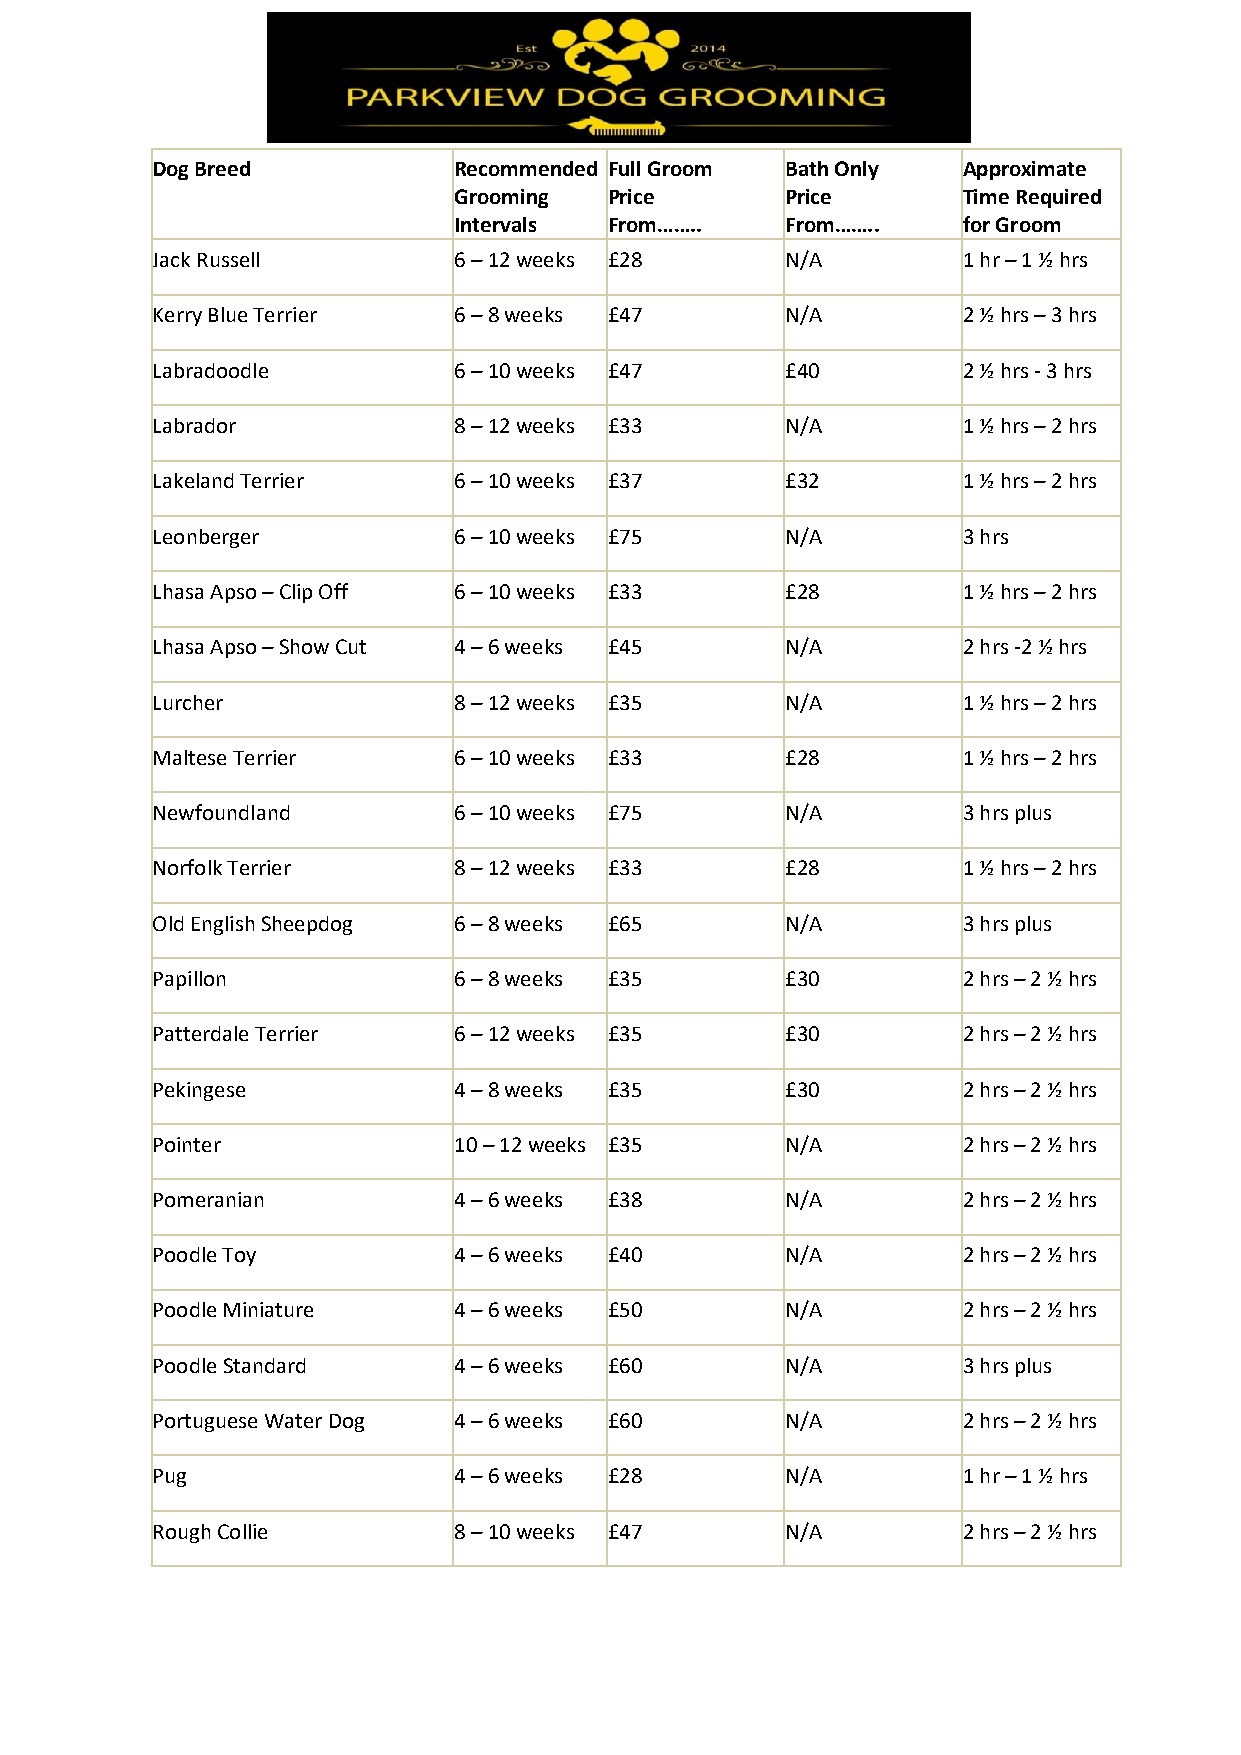
Dog Breed           Recommended Full Groom Bath Only  Approximate
 Grooming  Price       Price       Time Required
 Intervals From……..    From……..    for Groom
 Jack Russell        6 – 12 weeks £28      N/A         1 hr – 1 ½ hrs
 Kerry Blue Terrier  6 – 8 weeks £47       N/A         2 ½ hrs – 3 hrs
 Labradoodle         6 – 10 weeks £47      £40         2 ½ hrs - 3 hrs
 Labrador            8 – 12 weeks £33      N/A         1 ½ hrs – 2 hrs
 Lakeland Terrier    6 – 10 weeks £37      £32         1 ½ hrs – 2 hrs
 Leonberger          6 – 10 weeks £75      N/A         3 hrs
 Lhasa Apso – Clip Off 6 – 10 weeks £33    £28         1 ½ hrs – 2 hrs
 Lhasa Apso – Show Cut 4 – 6 weeks £45     N/A         2 hrs -2 ½ hrs
 Lurcher             8 – 12 weeks £35      N/A         1 ½ hrs – 2 hrs
 Maltese Terrier     6 – 10 weeks £33      £28         1 ½ hrs – 2 hrs
 Newfoundland        6 – 10 weeks £75      N/A         3 hrs plus
 Norfolk Terrier     8 – 12 weeks £33      £28         1 ½ hrs – 2 hrs
 Old English Sheepdog 6 – 8 weeks £65      N/A         3 hrs plus
 Papillon            6 – 8 weeks £35       £30         2 hrs – 2 ½ hrs
 Patterdale Terrier  6 – 12 weeks £35      £30         2 hrs – 2 ½ hrs
 Pekingese           4 – 8 weeks £35       £30         2 hrs – 2 ½ hrs
 Pointer             10 – 12 weeks £35     N/A         2 hrs – 2 ½ hrs
 Pomeranian          4 – 6 weeks £38       N/A         2 hrs – 2 ½ hrs
 Poodle Toy          4 – 6 weeks £40       N/A         2 hrs – 2 ½ hrs
 Poodle Miniature    4 – 6 weeks £50       N/A         2 hrs – 2 ½ hrs
 Poodle Standard     4 – 6 weeks £60       N/A         3 hrs plus
 Portuguese Water Dog 4 – 6 weeks £60      N/A         2 hrs – 2 ½ hrs
 Pug                 4 – 6 weeks £28       N/A         1 hr – 1 ½ hrs
 Rough Collie        8 – 10 weeks £47      N/A         2 hrs – 2 ½ hrs